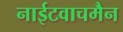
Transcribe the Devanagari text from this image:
नाईटवाचमैन